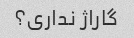
گاراژ نداری؟